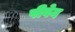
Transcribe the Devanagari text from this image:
पीवेन